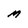
Character: M